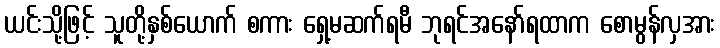
ယင်းသို့ဖြင့် သူတို့နှစ်ယောက် စကား ရှေ့မဆက်ရမီ ဘုရင်အနော်ရထာက စောမွန်လှအား